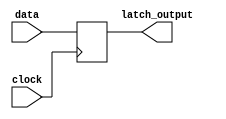
module level_sensitive_latch (
    input wire data,
    input wire clock,
    output reg latch_output
);

reg latch_output;

always @ (posedge clock) begin
    latch_output <= data;
end

endmodule